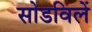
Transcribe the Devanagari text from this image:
सोडविलें